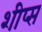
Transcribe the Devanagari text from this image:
शीप्स